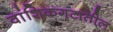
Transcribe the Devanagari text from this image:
वांशिकगटातील